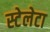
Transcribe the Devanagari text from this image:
स्टेलेटा